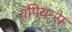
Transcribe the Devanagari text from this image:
चॅपियन्स